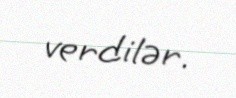
verdilər.